Civil Veterinary Dept. Assam report 1911-1927 - 1911-1927
Year: 1911
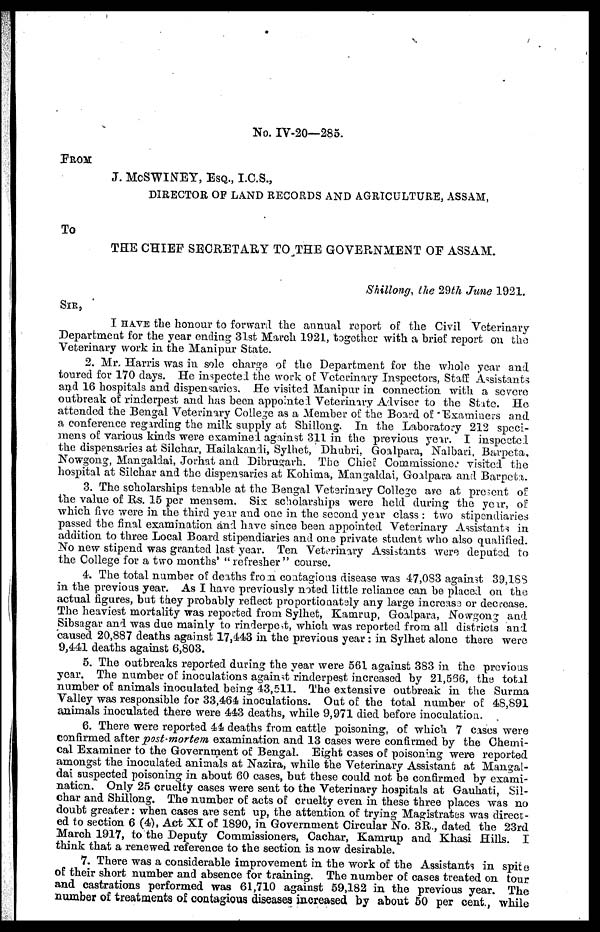
No, IV-20—285.
FROM
J. McSWINEY, ESQ., I.C.S.,
DIRECTOR OF LAND RECORDS AND AGRICULTURE, ASSAM,
To
THE CHIEF SECRETARY TO THE GOVERNMENT OF ASSAM.
Shillong, the 29th June 1921.
SIR
I HAVE the honour to forward the annual report of the Civil Veterinary
Department for the year ending 31st March 1921, together with a brief report on the
Veterinary work in the Manipur State.
2. Mr. Harris was in sole charge of the Department for the whole year and
toured for 170 days. He inspected the work of Veterinary Inspectors, Staff Assistants
and 16 hospitals and dispensaries. He visited Manipur in connection with a severe
outbreak of rinderpest and has been appointed Veterinary Adviser to the State. He
attended the Bengal Veterinary College as a Member of the Board of Examiners and
a conference regarding the milk supply at Shillong. In the Laboratory 212 speci-
mens of various kinds were examined against 311 in the previous year. I inspected
the dispensaries at Silchar, Hailakandi, Sylhet, Dhubri. Goalpara, Nalbari, Barpeta,
Nowgong, Mangaldai, Jorhat and Dibrugarh. The Chief Commissioner visited the
hospital at Silchar and the dispensaries at Kohima, Mangaldai, Goalpara and Barpeta.
3. The scholarships tenable at the Bengal Veterinary College are at present of:
the value of Rs. 15 per mensem. Six scholarships were held during the year, of
which five were in the third year and one in the second year class : two stipendiaries
passed the final examination and have since been appointed Veterinary Assistants in
addition to three Local Board stipendiaries and one private student who also qualified.
No new stipend was granted last year. Ten Veterinary Assistants were deputed to
the College for a two months' "refresher" course.
4. The total number of deaths from contagious disease was 47,0S3 against 39,188
in the previous year. As I have previously noted little reliance can be placed on the
actual figures, but they probably reflect proportionately any large increase or decrease.
The heaviest mortality was reported from Sylhet, Kamrup, Goalpara, Nowgong and
Sibsagar and was due mainly to rinderpest, which was reported from all district and
caused 20,887 deaths against 17,443 in the previous year: in Sylhet alone there were
9,441 deaths against 6,803.
5. The outbreaks reported during the year were 561 against 383 in the previous
year. The number of inoculations against rinderpest increased by 21,536, the total
number of animals inoculated being 43,511. The extensive outbreak in the Surma
Valley was responsible for 33,464 inoculations. Out of the total number of 48,891
animals inoculated there were 443 deaths, while 9,971 died before inoculation.
6. There were reported 44 deaths from cattle poisoning, of which 7 cases were
confirmed after post-mortem examination and. 13 cases were confirmed by the Chemi-
cal Examiner to the Government of Bengal. Eight cases of poisoning were reported
amongst the inoculated animals at Nazira, while the Veterinary Assistant at Mangal-
dai suspected poisoning in about 60 cases, but these could not be confirmed by exami-
nation. Only 25 cruelty cases were sent to the Veterinary hospitals at Gauhati, Sil-
char and Shillong. The number of acts of cruelty even in these three places was no
doubt greater: when cases are sent up, the attention of trying Magistrates was direct-
ed to section 6 (4), Act XI of 1890, in Government Circular No. 3R., dated the 23rd
March 1917, to the Deputy Commissioners, Cachar, Kamrup and Khasi Hills. I
think that a renewed reference to the section is now desirable.
7. There was a considerable improvement in the work of the Assistants in spite
of their short number and absence for training. The number of cases treated on tour
and castrations performed was 61,710 against 59,182 in the previous year. The
number of treatments of contagious diseases increased by about 50 per cent, while